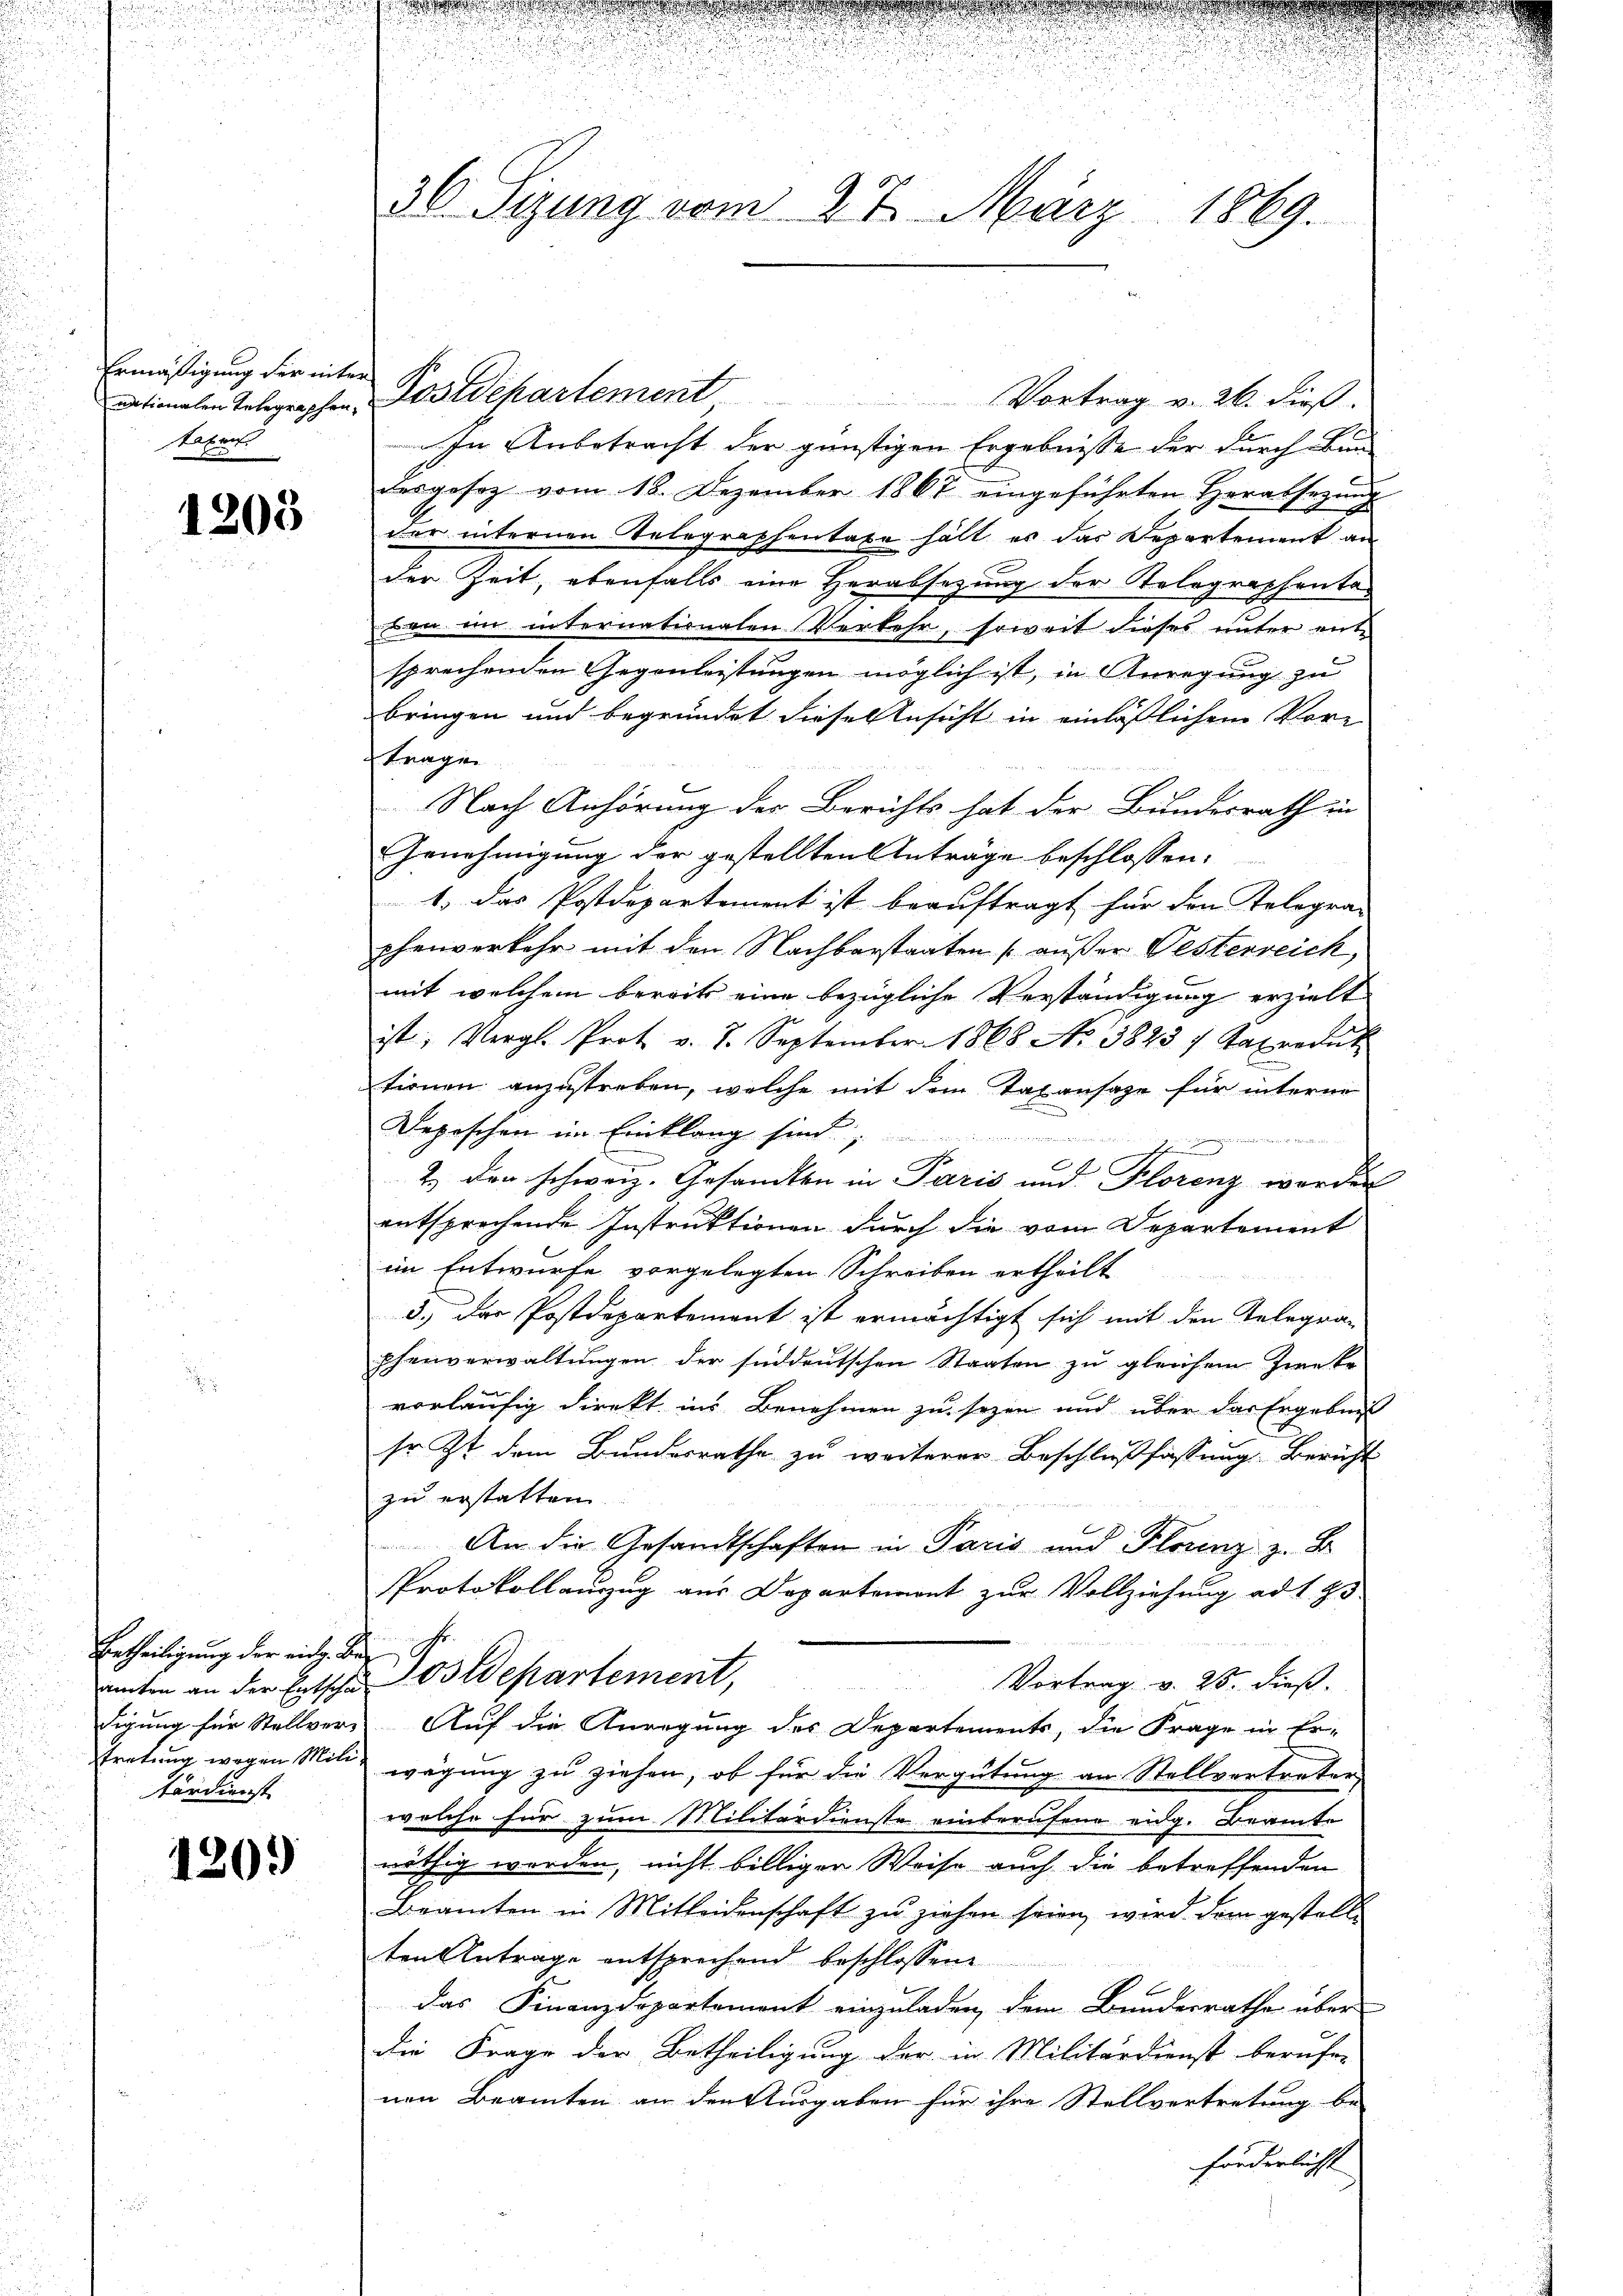
Ermäßigung der inter
nationalen Telegraphen,
taten.

1203

Ertheiligung der eidg. Bedigung für Stellver¬
Kandienst.

120.)

36. Sitzung vom 27. März 1869.

Postdepartement Vortrag v. 26. dieβ.
In Anbetracht der günstigen Ergebnisse der durch Blu
desgesez vom 18. Dezember 1867 eingeführten Herabsetzung
fer internen Telegraphentaxe hält es das Departement an
der Zeit, ebenfalls eine Herabsetzung der Telographentaben im internationalen Verkehr, soweit dieses unter entsprechenden Gegenleistungen möglich ist, in Anregung zu
bringen und begründet diese Ansicht in einlässlichem Vore
tragen
Nach Anhörung der Berichts hat der Bundesrath in
Genehmigung der gestellten Anträge beschlossen:
1, das Postdepartement ist beauftragt für den Telegra-
phenverkehr mit den Nachbarstaaten außer Gesterreich,
mit welchem bereits eine bezügliche Verständigung erzielt
ist; Vergl. Prot. v. 7. September 1868 No 3823 / Taproduk
tionen anzustreben, welche mit dem Taxansage für interne
Depischen im Einklang sind,
d
t
r
2.) den schweiz. Gesandten in Paris und Florenz werden
entsprechende Instruktionen durch die vom Departement
im Entwurfe vorgelegten Schreiben ertheilt
3.) Der Postdepartement ist ermächtigt sich mit den Telegran
phenverwaltungen der süddeutschen Staaten zu gleichem Zweke
vorläufig direkt ins Benehmen zu sezen und über das Ergebnis
sr. Zt. dem Bundesrathe zu weiterer Beschlußfassung Bericht
zu erstatten.
An die Gesandtschaften in Paris und Florenz z. B.
Protokollauszug aus Departemont zur Vollziehung ad 1 95
r
unter an der Entschŭo. Wepartement, Vortrag v. 25. dieβ.
Auf die Anregung des Departements, die Frage in Er-
tretung wegen Mili wegung zu ziehen, ob für die Vergütung an Stellvertreter
welche für zum Militärdienste einberufene eidg. Beamte
nöthig werden, nicht billiger Weise auch die betreffenden
Beamten in Mitleidenschaft zu ziehen seien, wird dem gestelle
ten Antrage entsprechend beschlossene
das Finanzdepartement einzuladen, dem Bundesrathe über
die Frage der Betheiligung der in Militärdienst berufen
nen Beamten an den Ausgaben für ihre Stellvertretung be-
förderlichst